Sanitation, dispensaries and jails vaccination Rajputana 1922-1927 - 1922-1927
Year: 1922
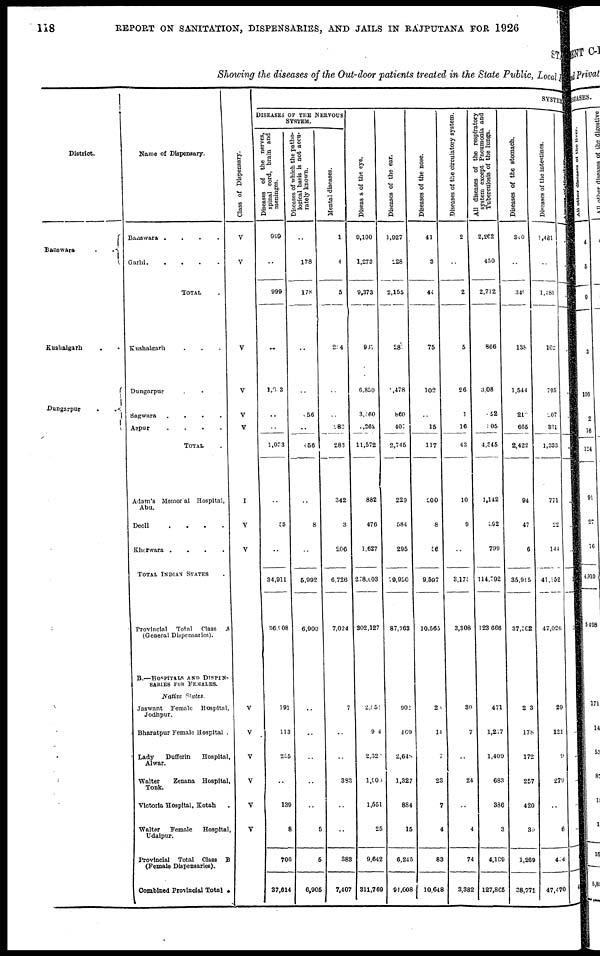
118
REPORT ON SANITATION, DISPENSARIES, AND JAILS IN RAJPUTANA FOR 1926
STATE
Showing the diseases of the Out-door patients treated in the State Public, Local Fund
District.
Banswara
.
Kushalgarh ..
Dungarpur..
Name of Dispensary.
Banswara .
.
.
.
Garhi
TOTAL .
Kushalgarh ..
Dungarpur ....
Sagwara
.
.
.
.
Aspur
.
.
.
.
TOTAL.
Adam's Memorial Hospital,
Abu.
Deoli
.
.
.
.
Kherwara .
.
.
.
TOTAL INDIAN STATES .
Provincial
Total
Class A
(General Dispensaries).
B.—HOSPITALS AND DISPEN-
SARIES FOR FEMALES.
Native
States.
Jaswant Female
Hospital,
Jodhpur.
Bharatpur Female Hospital .
Lady
Dufferin
Hospital
Alwar.
Walter
Zenana Hospital
Tonk.
Victoria Hospital, Kotah
Walter
Female
Hospital
Udaipur.
Provincial
Total Class B
(Female Dispensaries).
Combined Provincial Total .
Class of Dispensary.
V
V
V
V
V
V
I
V
V
V
V
V
V
V
V
SYSTEMIC
DISEASES OF THE NERVOUS
SYSTEM.
Diseases of the nerves,
spinal cord, brain and
meninges.
999
..
900
..
1,003
..
..
1,033
..
55
..
34,911
36,908
191
113
255
..
139
8
706
37,614
Diseases of which the patho-
logical basis is not accu-
rately known.
..
178
178
..
..
56
..
456
..
8
..
5,992
6,900
..
..
..
..
..
5
5
6,905
Mental diseases.
1
4
5
214
..
..
280
283
342
3
206
6,726
7,024
7
..
..
383
..
..
383
7,407
Diseases of the eye.
9,100
1,273
9,373
937
6,850
3,460
1,262
11,572
882
476
1,627
278,003
302,127
2,951
904
2,32
1,903
1,551
25
9,642
311,769
Diseases of the ear.
1,927
228
2,155
280
1,478
860
407
2,745
229
584
295
19,950
87,763
902
469
2,648
1,327
884
15
6,245
9l,008
Diseases of the nose.
41
3
44
75
102
..
15
117
200
8
16
9,597
10,565
20
14
..
23
7
4
83
10,648
Diseases of the circulatory system.
2
..
2
5
26
1
16
43
10
9
..
3,175
3,308
39
7
..
24
..
4
74
3,382
All diseases of the respiratory
system except Pneumonia and
Tuberculosis of the lungs.
2,262
450
2,712
866
3,08
52
105
4,345
1,142
192
799
114,792
123,666
471
1,277
1,409
683
386
3
4,199
127,805
Diseases of the stomach.
310
..
340
138
1,544
21
665
2,422
94
47
6
35,915
37,502
203
178
172
257
420
30
1,269
38,771
Diseases of the intestines.
1,481
..
1,481
102
795
207
321
1,333
771
22
144
41,152
47,026
29
121
9
279
..
6
444
47,470
Abscess of the l
..
..
..
..
..
..
..
..
..
..
..
..
3
..
..
..
..
..
..
..
..